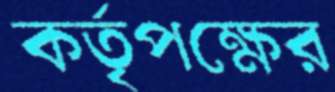
কর্তৃপক্ষের